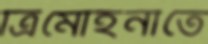
ত্রিমোহনীতে